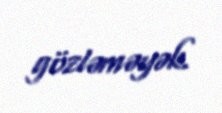
gözləməyək.